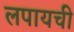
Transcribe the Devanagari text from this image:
लपायची